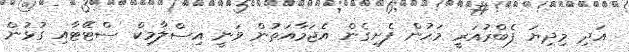
އަދި މިދިޔަ ފެބްރުއަރީ މަހުން ފެށިގެން އެޖަމާއަތުން ވަނީ އިސްލާމިކް ސްޓޭޓާއި ގުޅުން